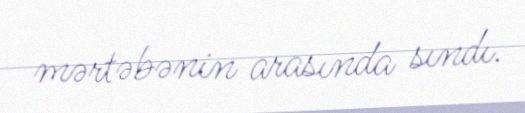
mərtəbənin arasında sındı.